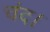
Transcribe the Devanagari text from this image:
चंद।